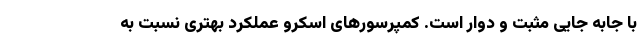
با جابه جایی مثبت و دوار است. کمپرسورهای اسکرو عملکرد بهتری نسبت به